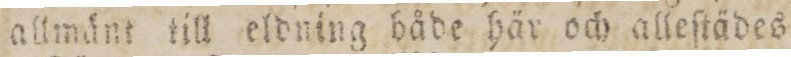
allmänt till eldning både här och alleſtädes